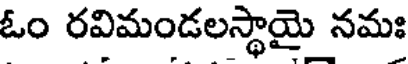
ఓం రవిమండలస్థాయై నమః